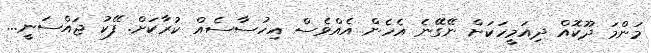
މަންމަ ދޫކޮއް ދިއަމީހަކަށް ނޭގޭނެ އެހެން އެއްވެސް އިހުސާސެއް ކުރާކަށް. ފޭކު ޖައްސަނީ...